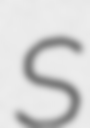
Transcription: S